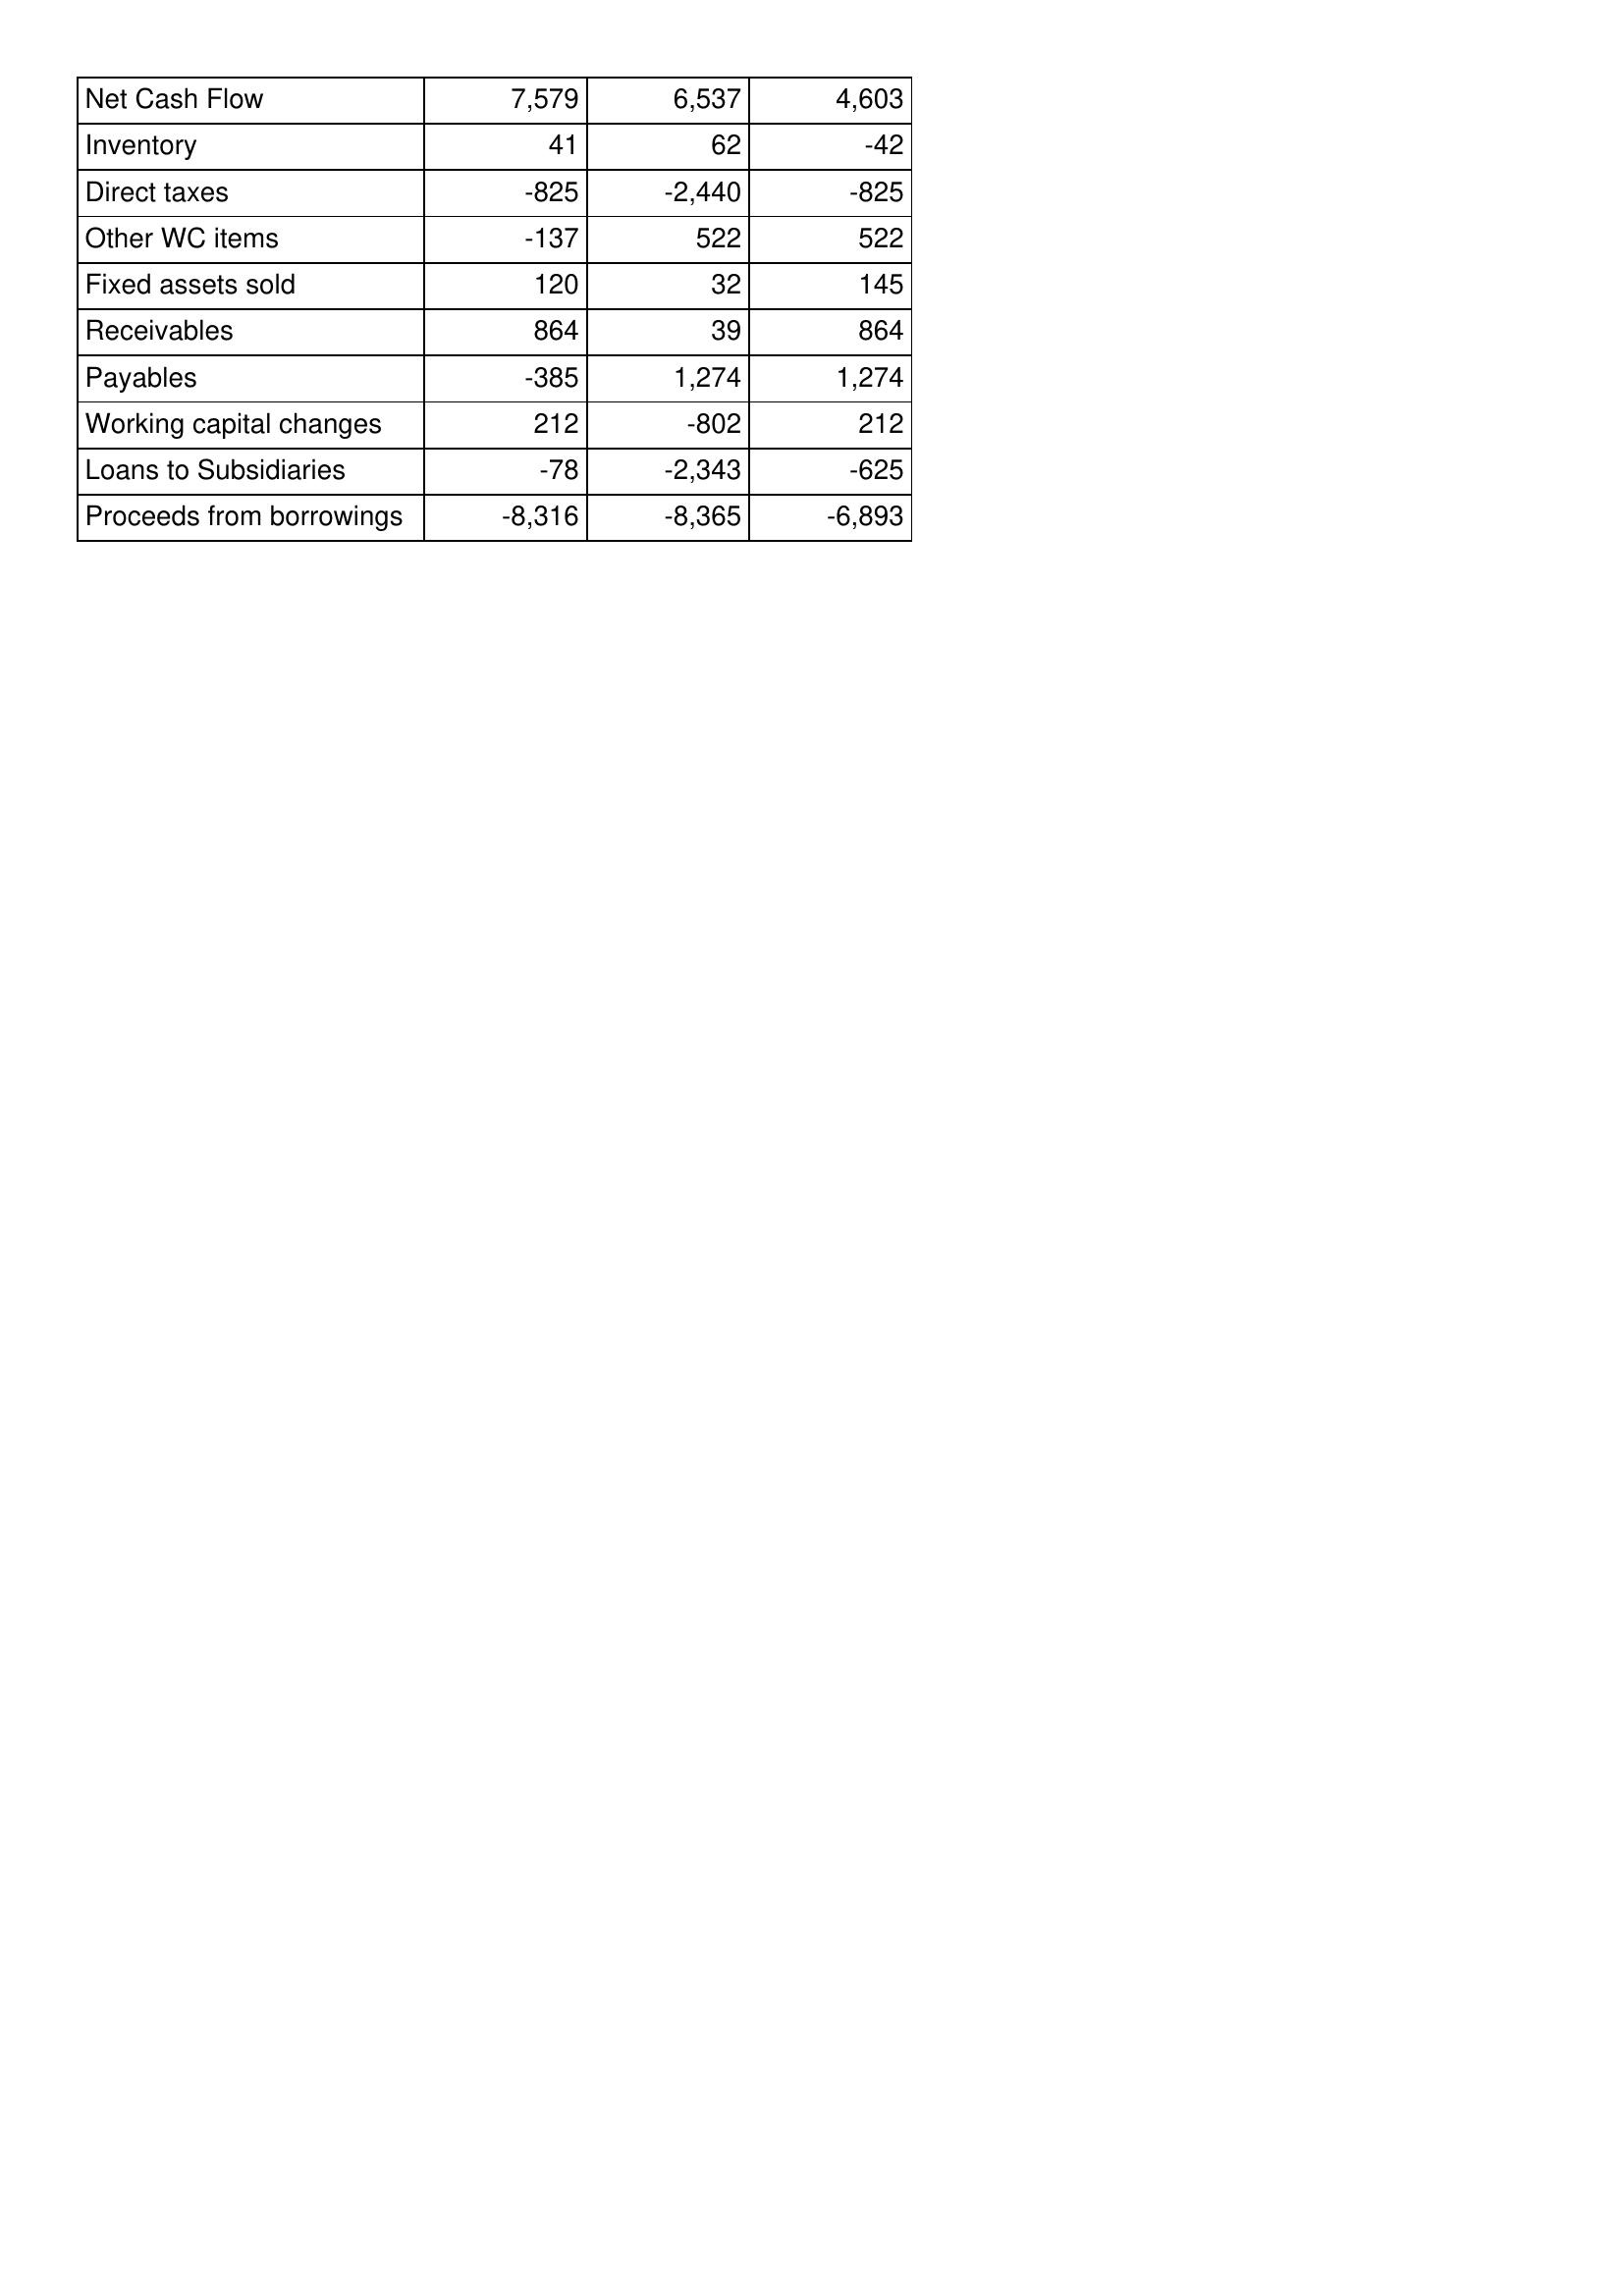
Mar-05: Cash Flows: Net Cash Flow: 7,579
Inventory: 41
Direct taxes: -825
Other WC items: -137
Fixed assets sold: 120
Receivables: 864
Payables: -385
Working capital changes: 212
Loans to Subsidiaries: -78
Proceeds from borrowings: -8,316
Mar-04: Cash Flows: Net Cash Flow: 6,537
Inventory: 62
Direct taxes: -2,440
Other WC items: 522
Fixed assets sold: 32
Receivables: 39
Payables: 1,274
Working capital changes: -802
Loans to Subsidiaries: -2,343
Proceeds from borrowings: -8,365
Mar-03: Cash Flows: Net Cash Flow: 4,603
Inventory: -42
Direct taxes: -825
Other WC items: 522
Fixed assets sold: 145
Receivables: 864
Payables: 1,274
Working capital changes: 212
Loans to Subsidiaries: -625
Proceeds from borrowings: -6,893